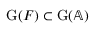
\mathrm { G } ( F ) \subset \mathrm { G } ( \mathbb { A } )